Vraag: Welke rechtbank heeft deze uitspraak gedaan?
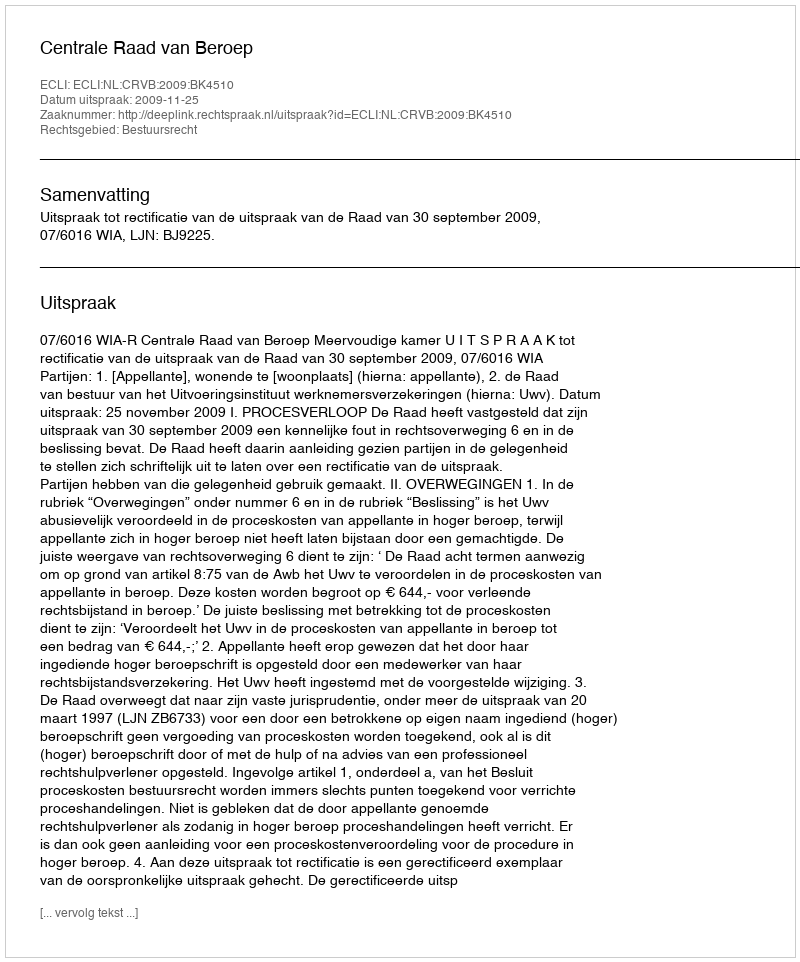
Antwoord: Centrale Raad van Beroep